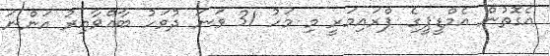
އެގޮތުން އެމްޑީޕީގެ ޕްރައިމަރީ މި މަހު 31 ވަނަ ދުވަހު ބާއްވާއިރު އަންނަ